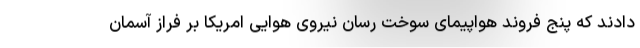
دادند که پنج فروند هواپیمای سوخت رسان نیروی هوایی امریکا بر فراز آسمان